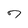
Character: 7